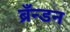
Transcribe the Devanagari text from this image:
ब्रँन्डन